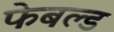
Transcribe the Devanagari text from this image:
फेबल्ड